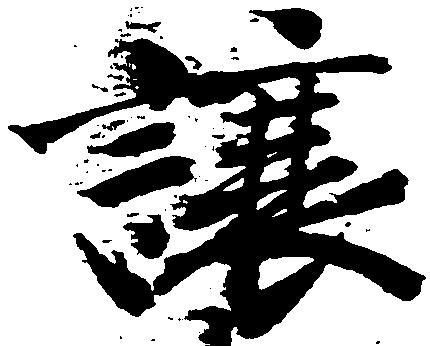
譲